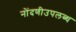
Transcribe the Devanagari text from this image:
नोंदणीउपलब्ध